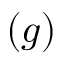
( g )